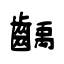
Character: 齲